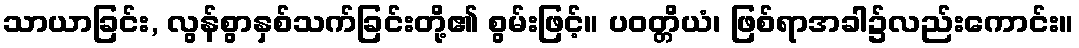
သာယာခြင်း, လွန်စွာနှစ်သက်ခြင်းတို့၏ စွမ်းဖြင့်။ ပဝတ္တိယံ၊ ဖြစ်ရာအခါ၌လည်းကောင်း။